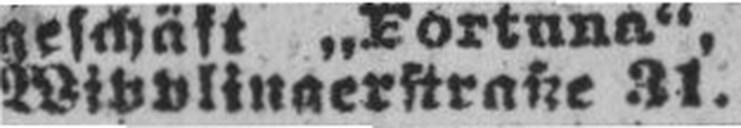
Wipplingerstraße 31.